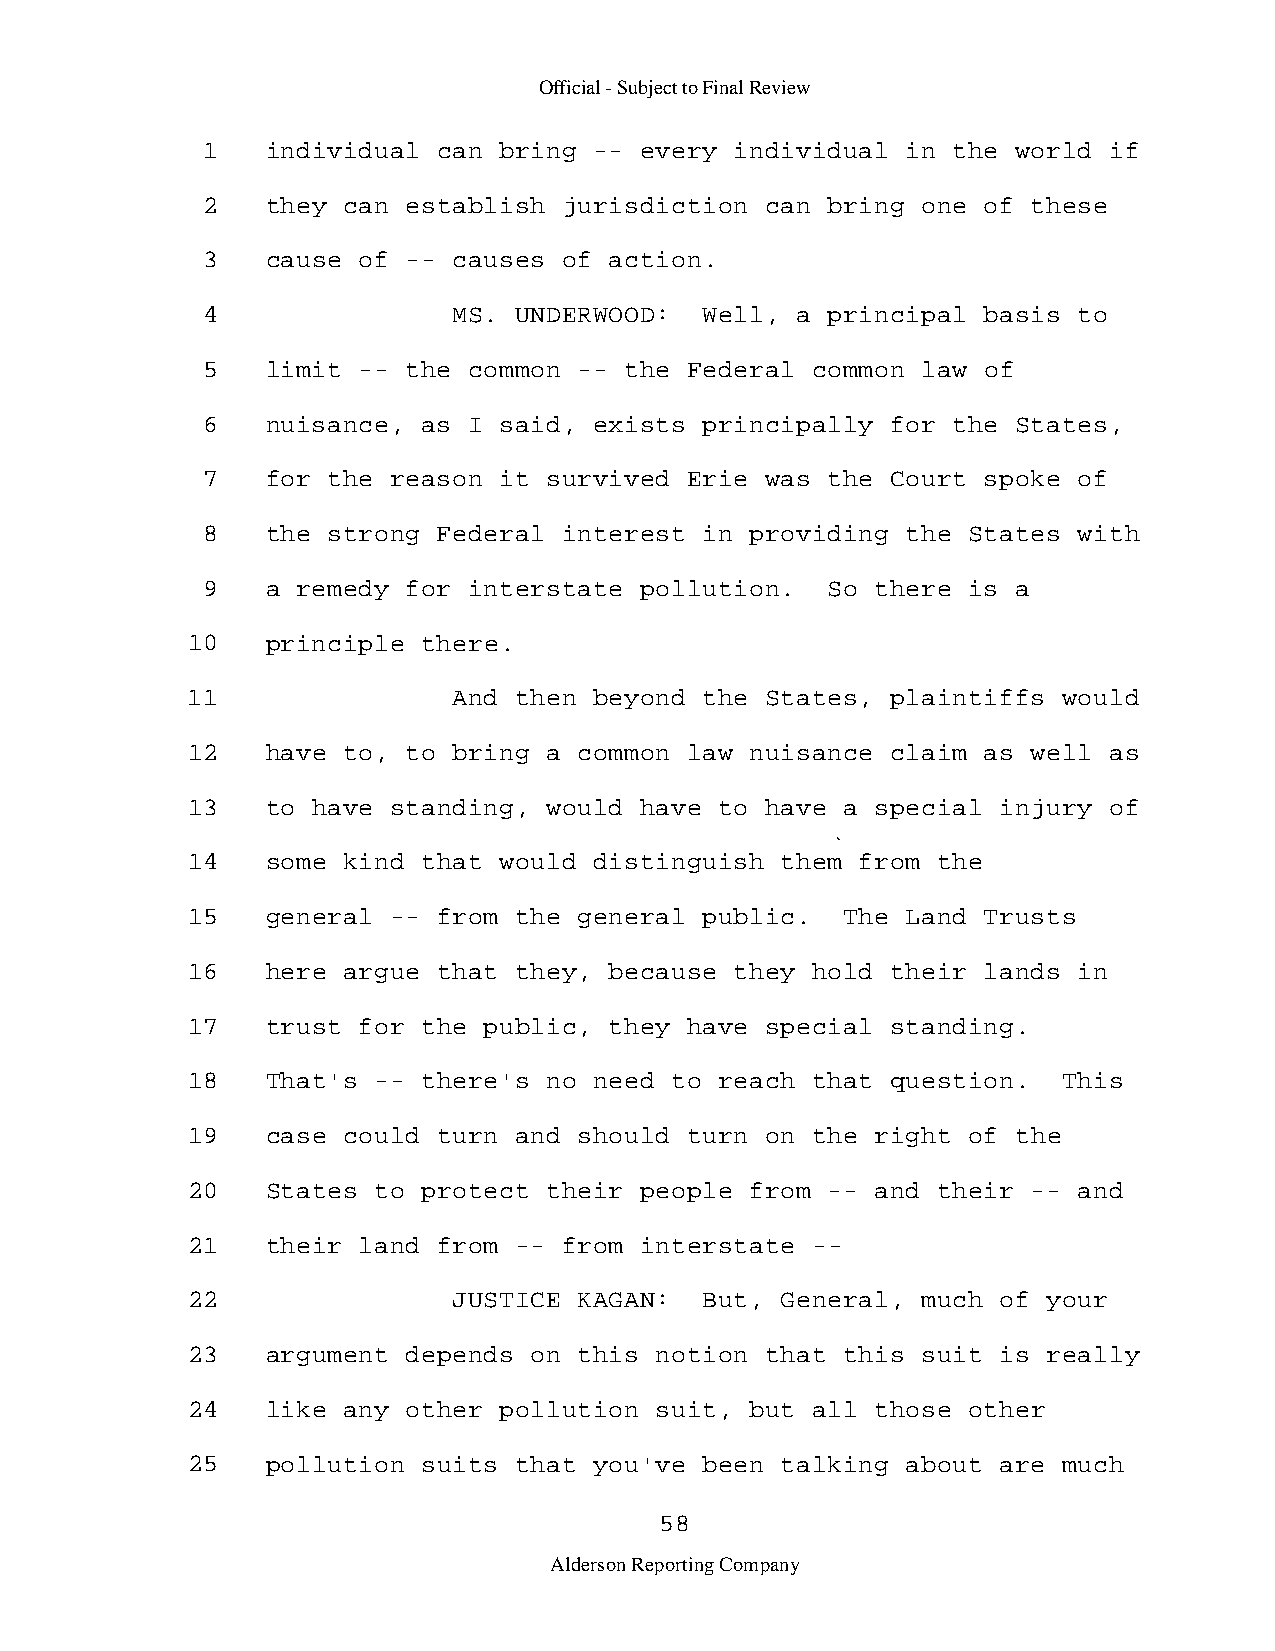
Official - Subject to Final Review
 1    individual can bring -- every  individual in the world if
 2    they can establish jurisdiction  can bring one of these
 3    cause of -- causes of action.
 4                MS. UNDERWOOD:   Well, a principal basis to
 5    limit -- the common -- the  Federal common law of
 6    nuisance, as I said, exists  principally for the States,
 7    for the reason it survived  Erie was the Court spoke of
 8    the strong Federal interest  in providing the States with
 9    a remedy for interstate pollution.   So there is a
 10    principle there.
 11                And then beyond  the States, plaintiffs would
 12    have to, to bring a common  law nuisance claim as well as
 13    to have standing, would have  to have a special injury of
 14    some kind that would distinguish  them from the
 15    general -- from the general  public.  The Land Trusts
 16    here argue that they, because  they hold their lands in
 17    trust for the public, they  have special standing.
 18    That's -- there's no need to  reach that question.  This
 19    case could turn and should  turn on the right of the
 20    States to protect their people  from -- and their -- and
 21    their land from -- from interstate  -­
 22                JUSTICE KAGAN:   But, General, much of your
 23    argument depends on this notion  that this suit is really
 24    like any other pollution suit,  but all those other
 25    pollution suits that you've  been talking about are much
 58
 Alderson Reporting Company